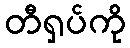
တီရှပ်ကို